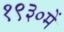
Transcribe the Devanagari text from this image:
१९३०में